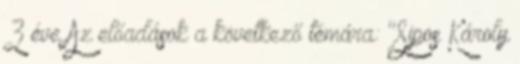
3 éve Az előadások a következő témára: "Sipos Károly